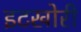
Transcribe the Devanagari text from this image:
इटखोरी